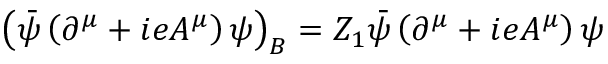
\left( { \bar { \psi } } \left( \partial ^ { \mu } + i e A ^ { \mu } \right) \psi \right) _ { B } = Z _ { 1 } { \bar { \psi } } \left( \partial ^ { \mu } + i e A ^ { \mu } \right) \psi